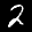
Label: 2